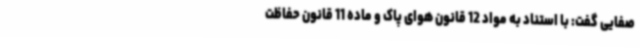
صفایی گفت: با استناد به مواد 12 قانون هوای پاک و ماده 11 قانون حفاظت